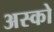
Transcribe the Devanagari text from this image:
अस्को